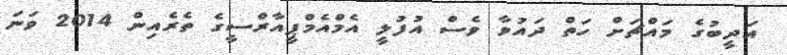
އަދީބުގެ މައްޗަށް ހަތް ދައުވާ ވެސް އުފުލީ އެމްއެމްޕީއާރްސީގެ ތެރެއިން 2014 ވަނަ